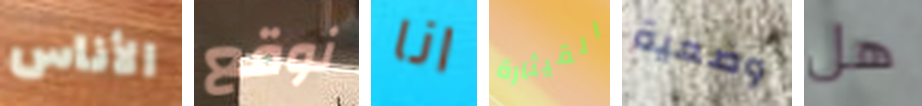
الأناس نوقع انا القيثارة وضعية هل